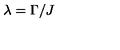
\lambda = \Gamma / J